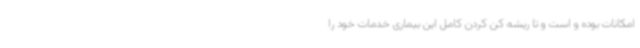
امکانات بوده و است و تا ریشه کن کردن کامل این بیماری خدمات خود را